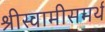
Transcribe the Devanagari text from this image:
श्रीस्वामीसमर्थ